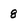
Character: 8